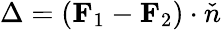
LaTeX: \Delta=\left(\mathbf{F}_{1}-\mathbf{F}_{2}\right)\cdot\check{n}